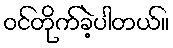
ဝင်တိုက်ခဲ့ပါတယ်။